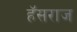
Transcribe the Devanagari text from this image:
हॅसराज